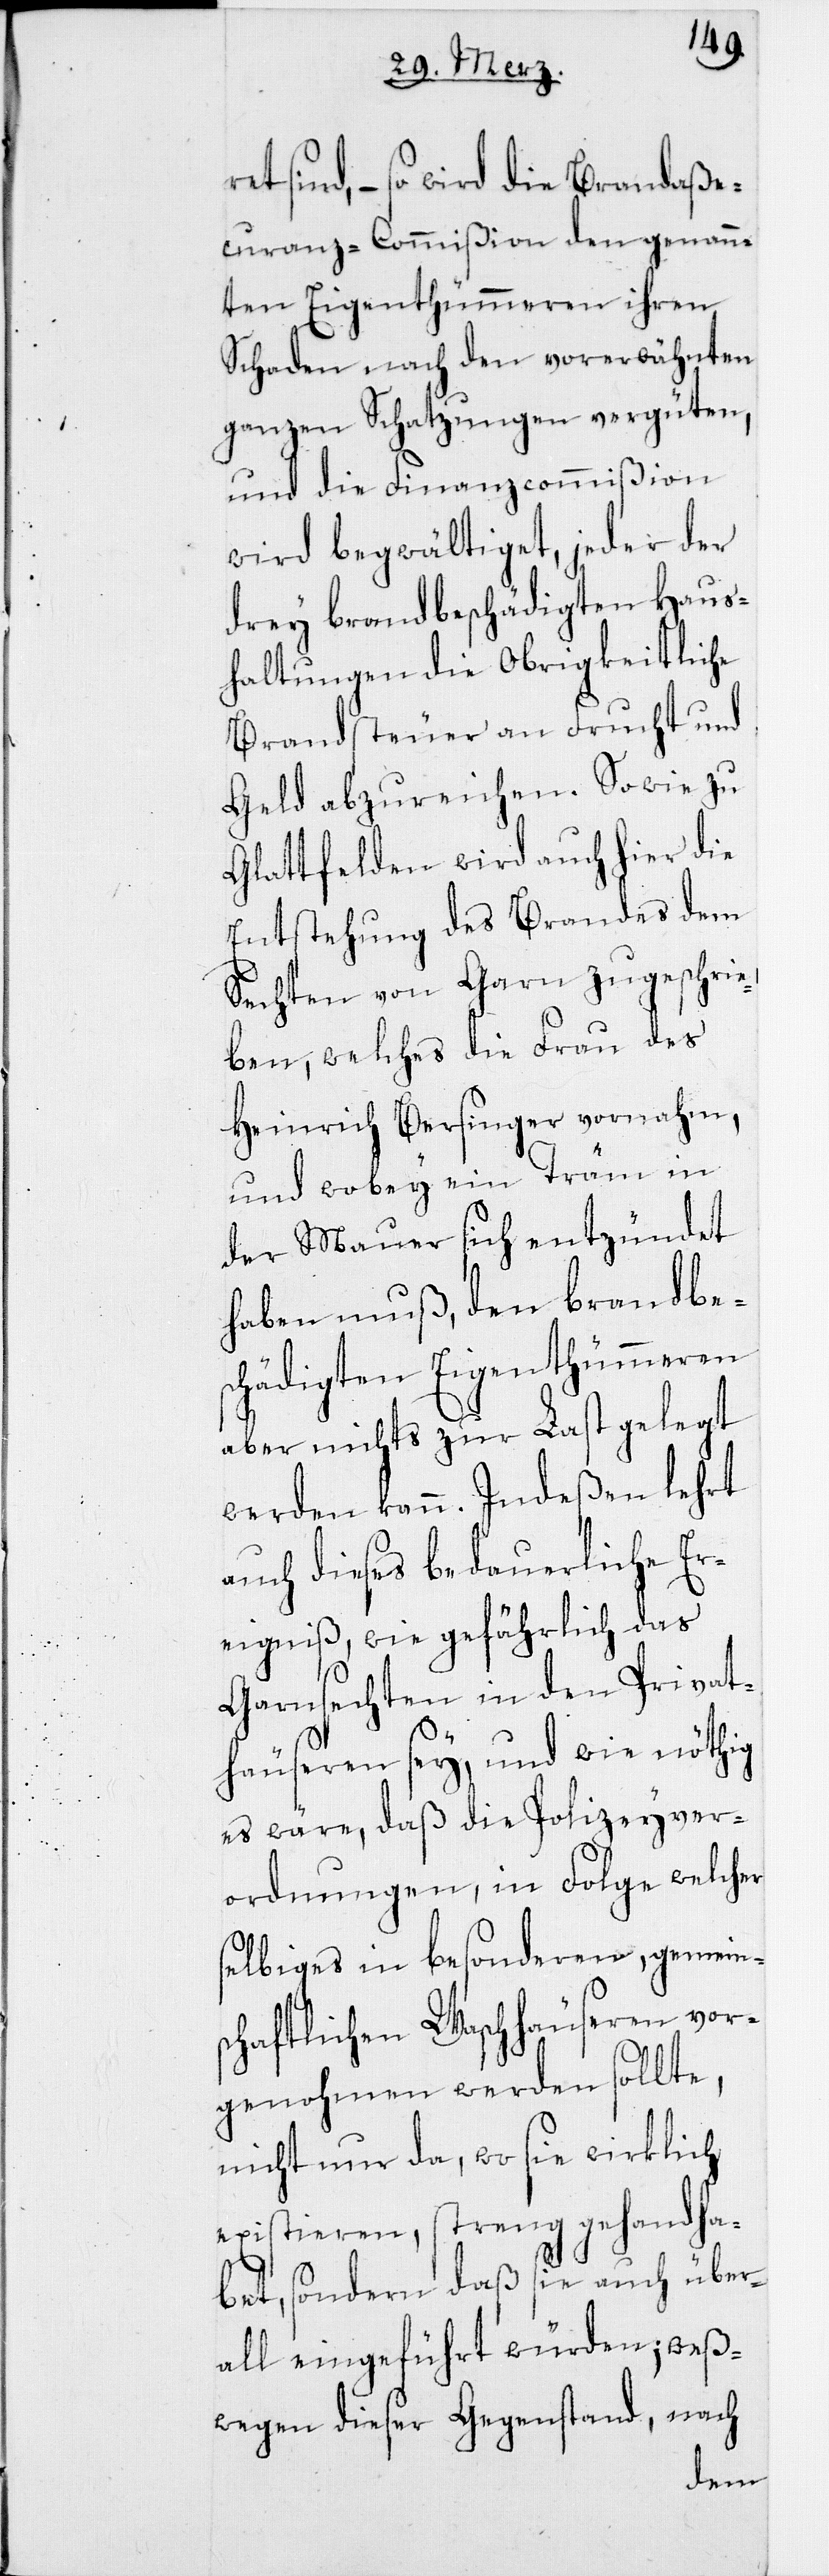
ret sind, – so wird die Brandaße¬
curanz-Commißion den genann¬
ten Eigenthümmeren ihren
Schaden nach den vorerwähnten
ganzen Schatzungen vergüten,
und die Finanzcommißion
wird begwältiget, jeder der
drey brandbeschädigten Haus¬
haltungen die Obrigkeitliche
Brandsteuer an Frucht und
Geld abzureichen. Sowie zu
Glattfelden wird auch hier die
Entstehung des Brandes dem
Sechten von Garn zugeschrie¬
ben, welches die Frau des
Heinrich Bersinger vornahm,
und wobey ein Träm in
der Mauer sich entzündet
haben muß, den brandbes¬
chädigten Eigenthümmeren
aber nichts zur Last gelegt
werden kann. Indeßen lehrt
auch dieses bedauerliche Er¬
eigniß, wie gefährlich das
Garnsechten in den Privat¬
häuseren sey, und wie nöthig
es wäre, daß die Polizeyver¬
ordnungen, in Folge welcher
selbiges in besonderen, gemeins¬
chaftlichen Waschhäuseren vor¬
genohmen werden sollte,
nicht nur da, wo sie wirklich
existieren, streng gehandha¬
bet, sondern daß sie auch über¬
all eingeführt würden; weß¬
wegen dieser Gegenstand, nach